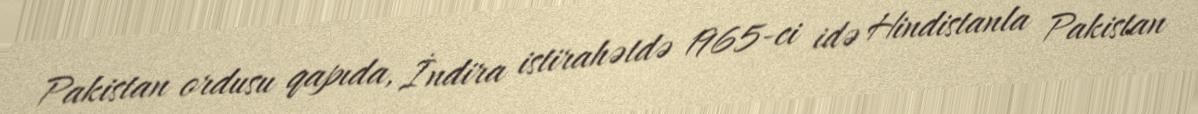
Pakistan ordusu qapıda, İndira istirahətdə 1965-ci idə Hindistanla Pakistan